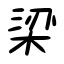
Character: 梁